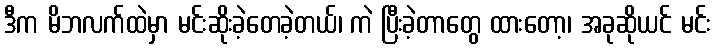
ဒီက မိဘလက်ထဲမှာ မင်းဆိုးခဲ့တေခဲ့တယ်၊ ကဲ ပြီးခဲ့တာတွေ ထားတော့၊ အခုဆိုယင် မင်း